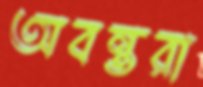
অবন্তরা